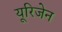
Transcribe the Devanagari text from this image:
यूरिजेन